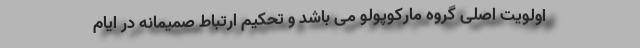
اولویت اصلی گروه مارکوپولو می باشد و تحکیم ارتباط صمیمانه در ایام